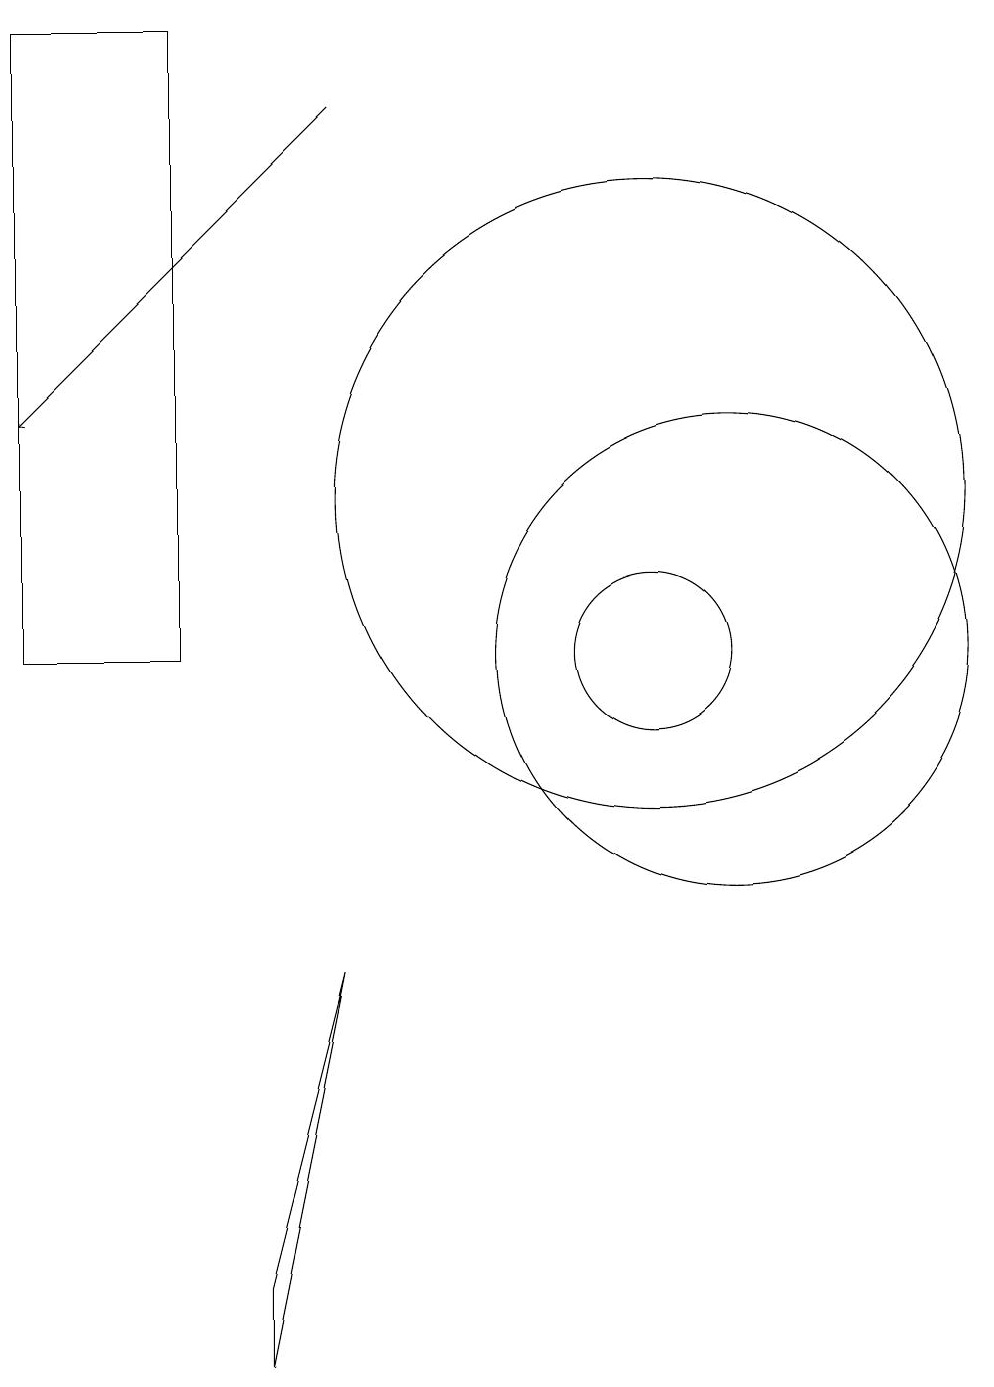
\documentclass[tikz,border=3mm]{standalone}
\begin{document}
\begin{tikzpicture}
\draw (4,18) rectangle (2,10);
\draw (11,10) circle (3);
\draw[->] (6,17) -- (2,13);
\draw (10,12) circle (4);
\draw (10,10) circle (1);
\draw (5,1) -- (6,6) -- (5,2) -- cycle;
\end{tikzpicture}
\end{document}